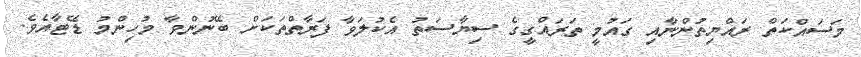
މަސައްކަތް ރައްޔިތުންނާއި ގައުމީ ތަރައްގީގެ ސިޔާސަތު އެކުލަވާ ފަރާތްތަކަށް ބޭނުންވާ މުހިންމު ޑޭޓާއެވެ.